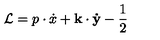
\mathcal { L } = p \cdot \dot { x } + \mathbf { k } \cdot \mathbf { \dot { y } } - \frac { 1 } { 2 }